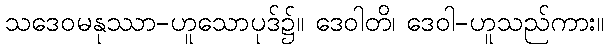
သဒေဝမနုဿာ-ဟူသောပုဒ်၌။ ဒေဝါတိ၊ ဒေဝါ-ဟူသည်ကား။